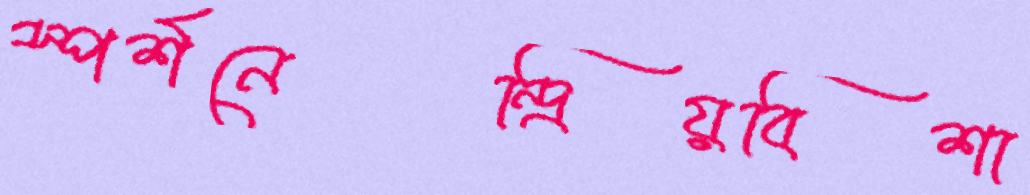
স্পর্শনেন্দ্রিয়বিশা